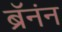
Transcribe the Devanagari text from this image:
ब्रॅनंन